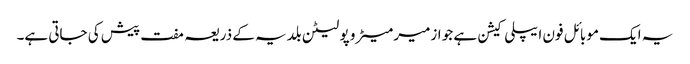
یہ ایک موبائل فون ایپلی کیشن ہے جو ازمیر میٹرو پولیٹن بلدیہ کے ذریعہ مفت پیش کی جاتی ہے۔